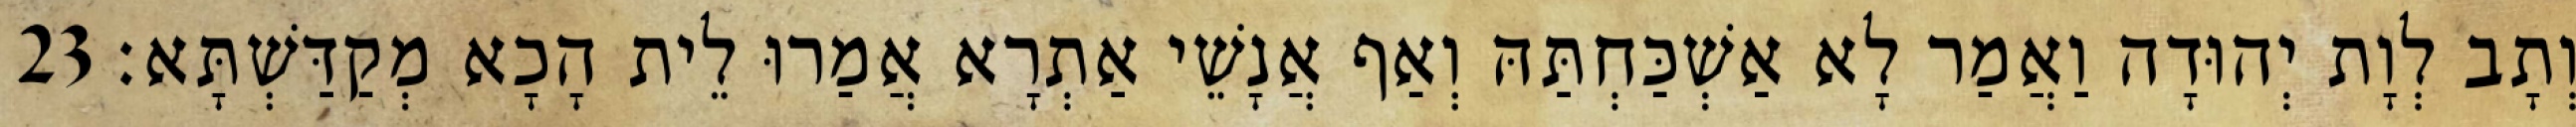
וְתָב לְוָת יְהוּדָה וַאֲמַר לָא אַשְׁכַּחְתַּהּ וְאַף אֲנָשֵׁי אַתְרָא אֲמַרוּ לֵית הָכָא מְקַדַּשְׁתָּא׃ 23